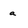
Character: a